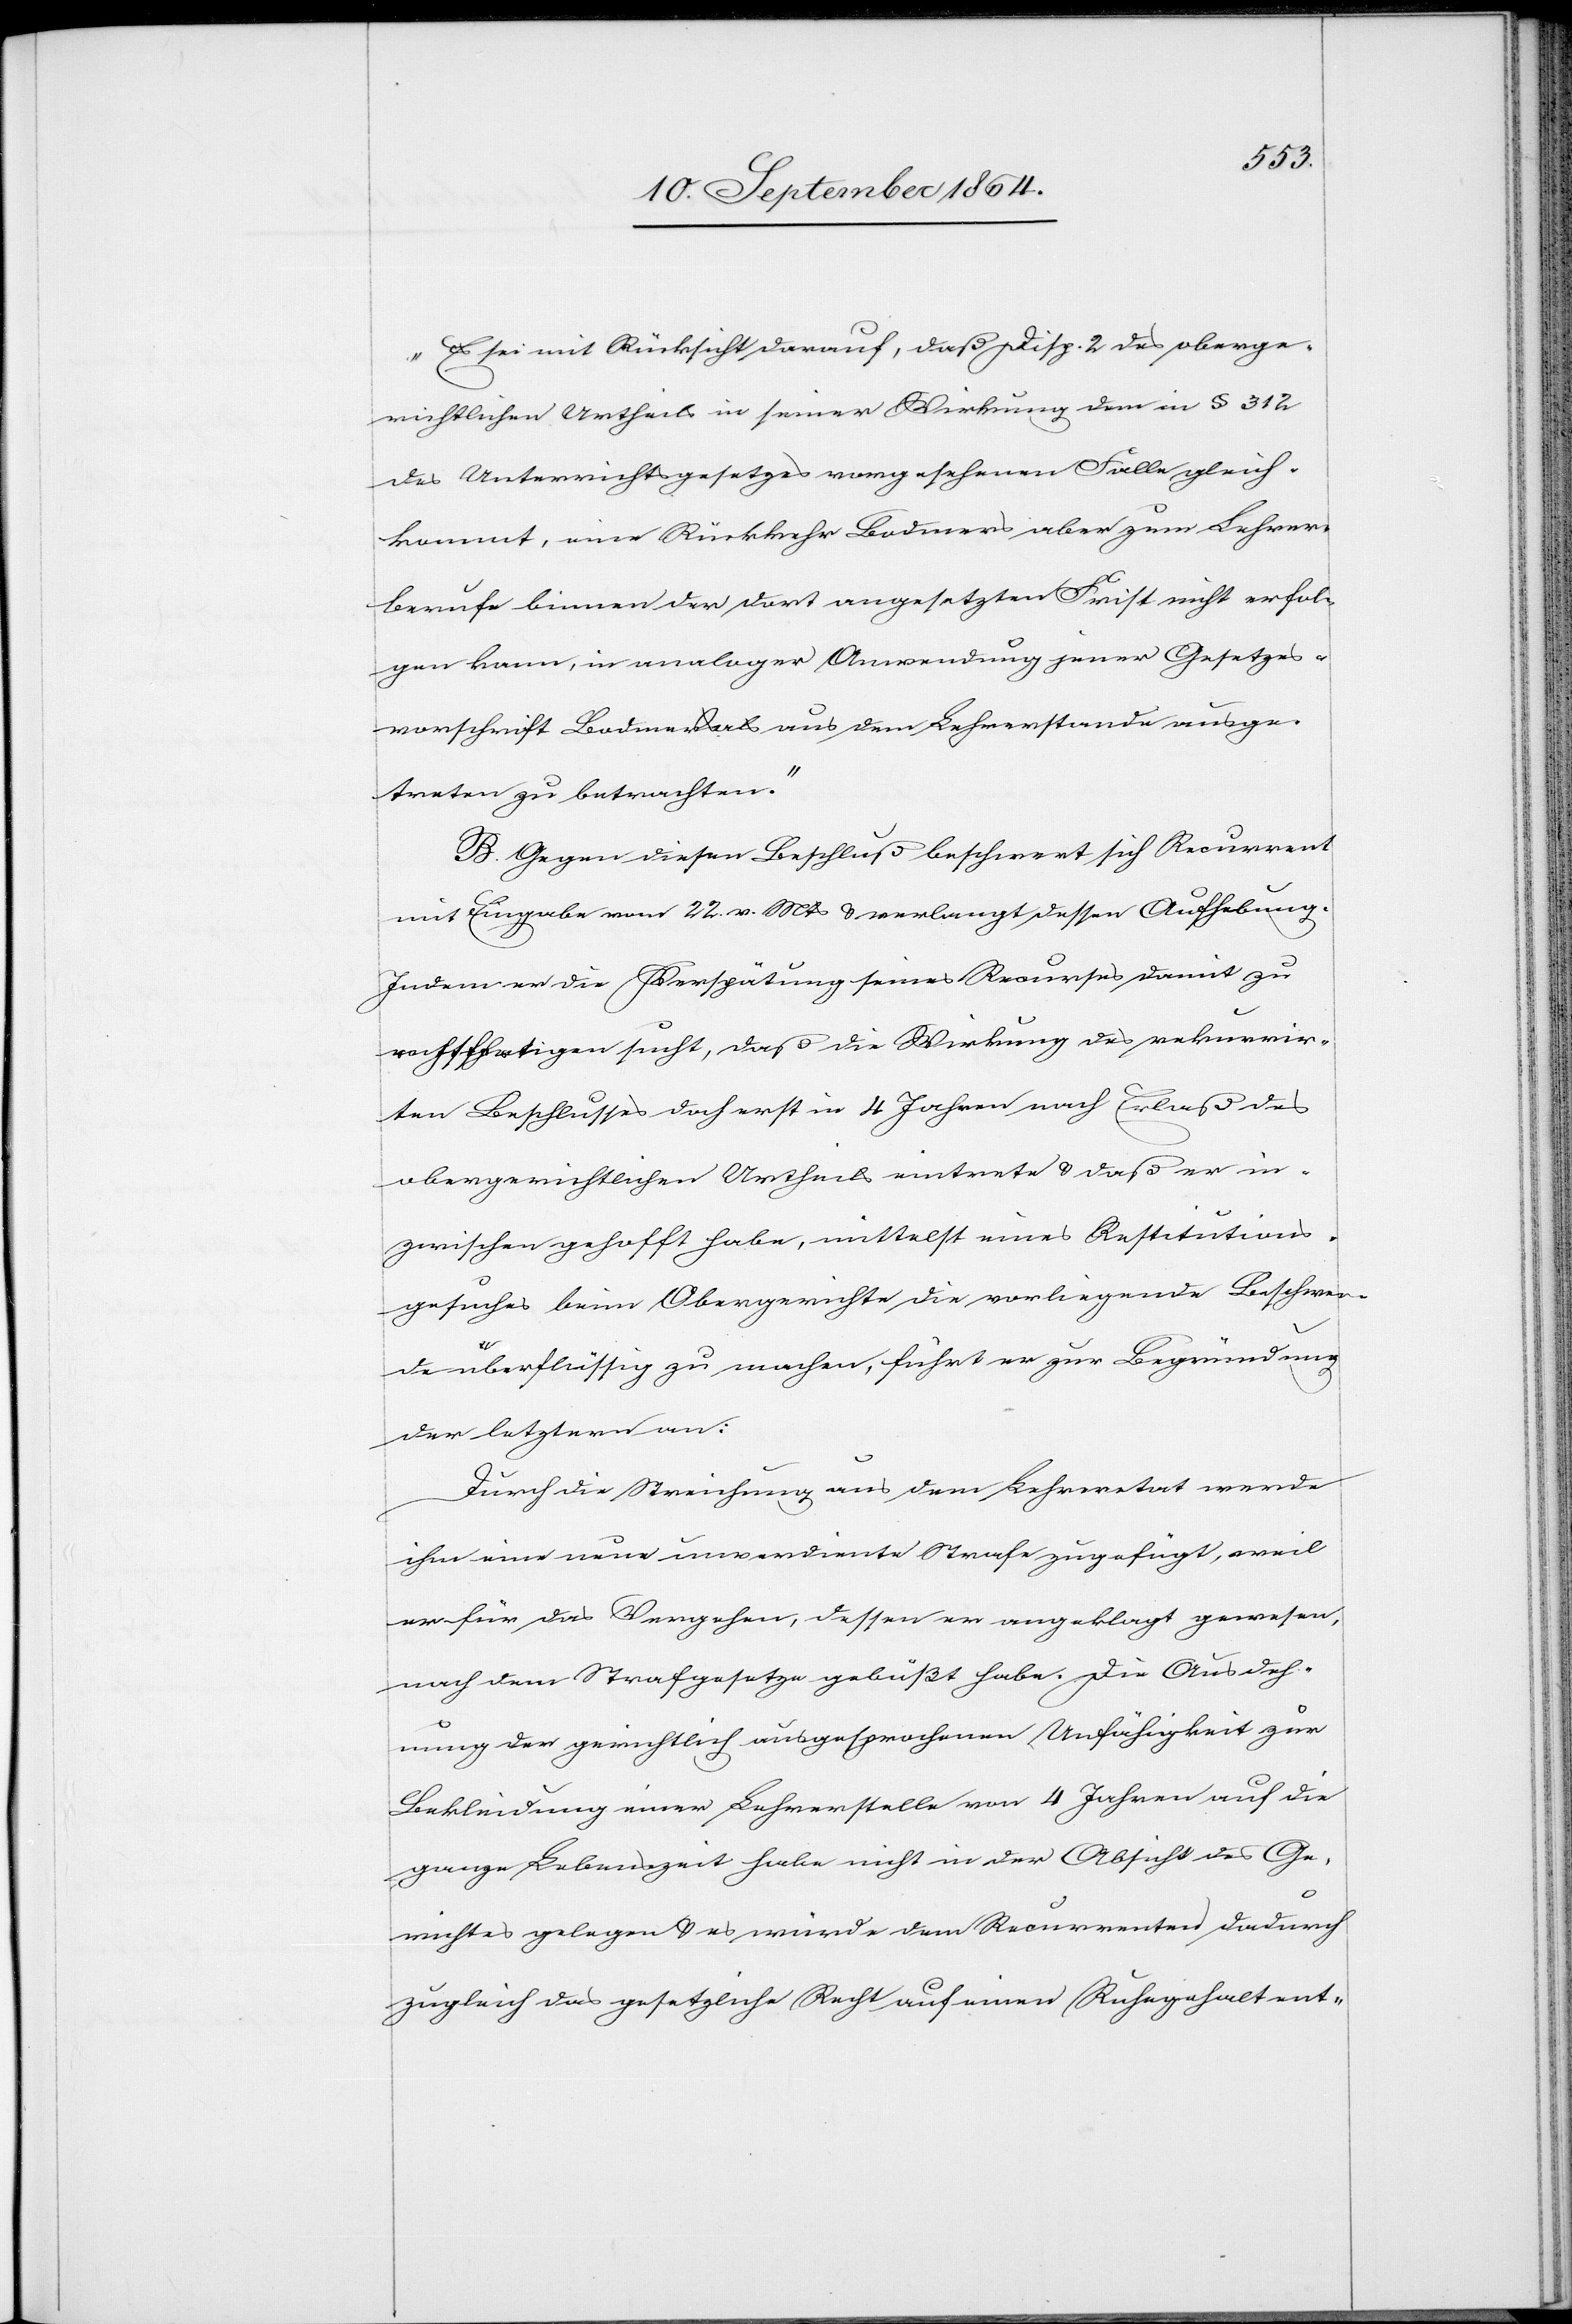
„Es sei mit Rücksicht darauf, daß Disp. 2 des oberge¬
richtlichen Urtheils in seiner Wirkung dem in § 312
des Unterrichtsgesetzes vorgesehenen Falle gleich¬
kommt, eine Rückkehr Bodmers aber zum Lehrer¬
berufe binnen der dort angesetzten Frist nicht erfol¬
gen kann, in analoger Anwendung jener Gesetzes¬
vorschrift Bodmer als aus dem Lehrerstande ausge¬
treten zu betrachten.“
B. Gegen diesen Beschluß beschwert sich Recurrent
mit Eingabe vom 22. v. Mts & verlangt dessen Aufhebung.
Indem er die Verspätung seines Recurses damit zu
rechtfertigen sucht, daß die Wirkung des rekurrir¬
ten Beschlusses doch erst in 4 Jahren nach Erlaß des
obergerichtlichen Urtheils eintrete & daß er in¬
zwischen gehofft habe, mittelst eines Restitutions¬
gesuches beim Obergerichte die vorliegende Beschwer¬
de überflüssig zu machen, führt er zur Begründung
der letztern an:
Durch die Streichung aus dem Lehreretat werde
ihm eine neue unverdiente Strafe zugeführt, weil
er für das Vergehen, dessen er angeklagt gewesen,
nach dem Strafgesetze gebüßt habe. Die Ausdeh¬
nung der gerichtlich ausgesprochenen Unfähigkeit zur
Bekleidung einer Lehrerstelle von 4 Jahren auf die
ganze Lebenszeit habe nicht in der Absicht des Ge¬
richtes gelegen & es würde dem Recurrenten dadurch
zugleich das gesetzliche Recht auf einen Ruhegehalt ent-